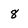
Character: 8